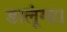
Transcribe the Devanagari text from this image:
डालूंगा।